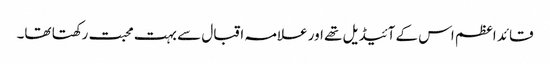
قائد اعظم اس کے آئیڈیل تھے اور علامہ اقبال سے بہت محبت رکھتا تھا۔